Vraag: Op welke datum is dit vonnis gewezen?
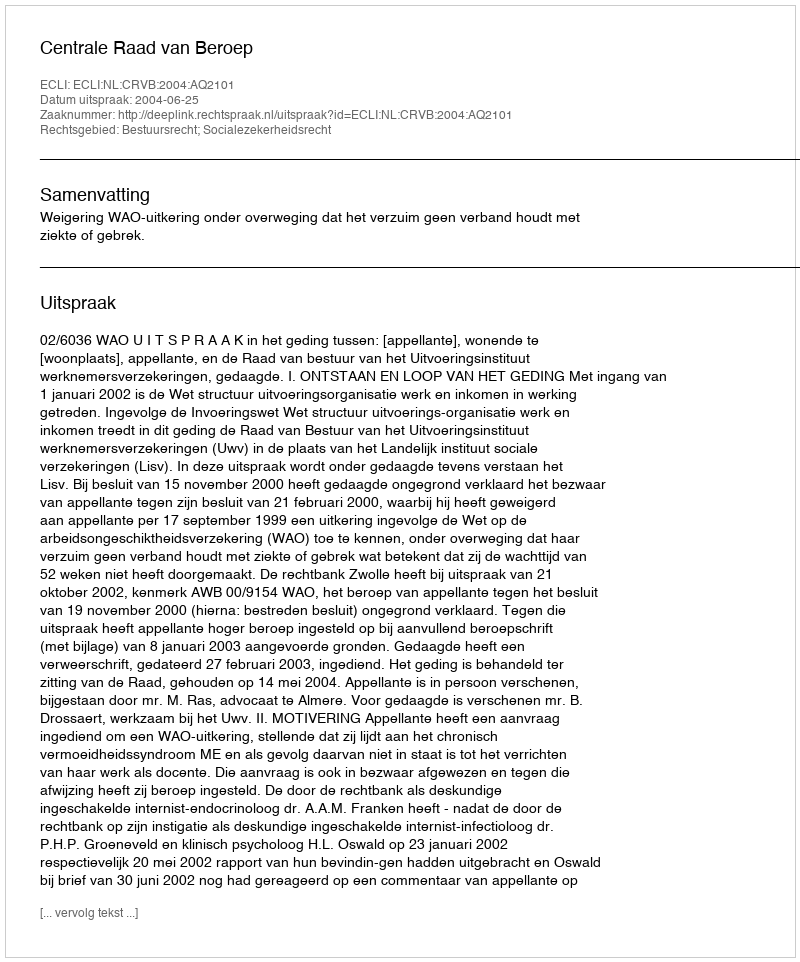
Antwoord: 2004-06-25